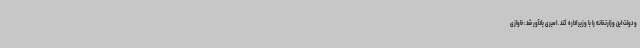
و دولت این وزارتخانه را با وزیر اداره کند. امیری یادآور شد: خاوازی